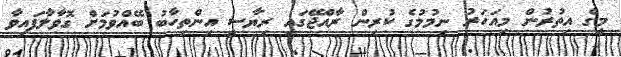
މީގެ އިތުރުން މިއަހަރު ނިމުމުގެ ކުރިން ރާއްޖޭގައި ރިޔާސީ އިންތިހާބު ބޭއްވުމަށް ގޮވާލާފައިވާ